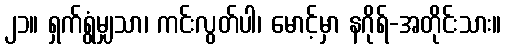
၂၁။ ရှက်ရွံမျှသာ၊ ကင်းလွတ်ပါ၊ မောင့်မှာ နဂိုရ်-အတိုင်းသား။